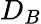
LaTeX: D_{B}